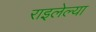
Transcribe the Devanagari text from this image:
राइलेल्या